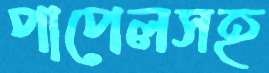
পাপেলসহ